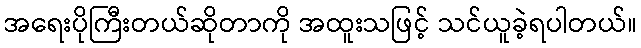
အရေးပိုကြီးတယ်ဆိုတာကို အထူးသဖြင့် သင်ယူခဲ့ရပါတယ်။